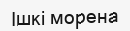
Ішкі морена